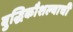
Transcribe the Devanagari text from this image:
बुद्धिकौशल्याची